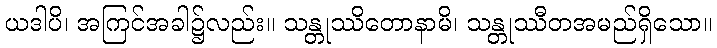
ယဒါပိ၊ အကြင်အခါ၌လည်း။ သန္တုဿိတောနာမိ၊ သန္တုဿီတအမည်ရှိသော။